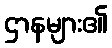
ဌာနများ၏